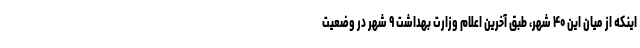
اینکه از میان این ۴۰ شهر، طبق آخرین اعلام وزارت بهداشت ۹ شهر در وضعیت